system: You are a helpful assistant.
user:
Analyze the provided spectrum to determine if it is a **M-type Giant (gM)**.

A M-type Giant spectrum is defined by its **strong molecular absorption** features, particularly from **Titanium Oxide (TiO)**. You must check for one of the following mutually exclusive signatures:

- **Key Visual Indicators (Absorption-Dominated Spectrum):**

    - **(Primary):** The spectrum is dominated by strong molecular absorption from **Titanium Oxide (TiO)**. This is the **defining feature** of its M-type temperature class.
        - **(Key Bandheads):** Look for sharp, "saw-tooth" absorption valleys. The strongest are located near **~7050 Å**, **~6160 Å**, and **~5170 Å**.
        - **(Line Profile):** The "saw-tooth" morphology is critical: a **sharp, steep drop on the BLUE (short-wavelength) side** of the bandhead, followed by a gradual recovery (rising flux) towards the RED (long-wavelength) side.

    - **(Key Confirmation - Giant vs. Dwarf):** **ABSENCE** of strong **Calcium Hydride (CaH)** molecular bands. This is the primary diagnostic for *excluding* M-dwarfs.
        - **(Key Region):** The spectrum should lack the strong, broad absorption band seen in dwarfs between **~6800 Å and ~7000 Å**.

    - **(Secondary Confirmation - Giant):** A very strong and broad **Neutral Calcium (Ca I)** atomic absorption line.
        - **(Key Line):** Located at **~4226 Å**. In a giant (gM), this line is significantly deeper and broader than the same line in an M-dwarf (dM) due to low surface gravity.

    - **(Overall Spectrum):**
        - The continuum is **extremely red-sloping** (i.e., flux is very low in the blue and rises dramatically towards the red).
        - The entire spectrum appears "chopped up" by the deep TiO bands.

Think first, call **spectral_visualization_tool** if needed to examine features in detail, then provide your final answer. Your response must adhere to the following strict rules:
1.  **Overall Structure:** Your response must follow the format `<think>...</think> <tool_call>...</tool_call> (if a tool is used) <answer>...</answer>`.
2.  **Tool Usage Constraint:** You may only make **one** tool call per turn.
3.  **Final Answer Format:** In the `<answer>` tag, your conclusion must be inside a `\boxed{}` command (e.g., `\boxed{YES}` or `\boxed{NO}`), followed by your justification.

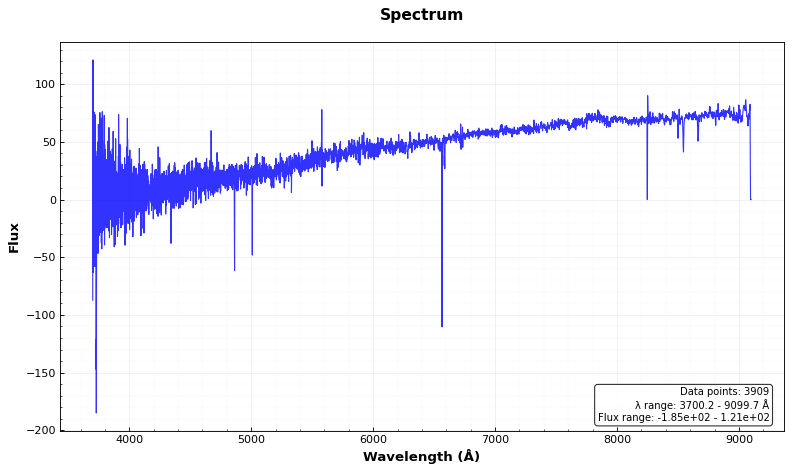
Answer: NO